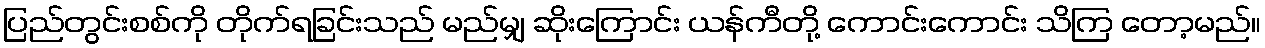
ပြည်တွင်းစစ်ကို တိုက်ရခြင်းသည် မည်မျှ ဆိုးကြောင်း ယန်ကီတို့ ကောင်းကောင်း သိကြ တော့မည်။